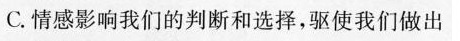
C.情感影响我们的判断和选择，驱使我们做出